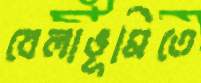
বেলাভূমিতে